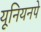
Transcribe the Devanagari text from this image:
यूनियनपे